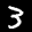
Label: 3